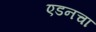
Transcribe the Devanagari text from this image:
एडनचा